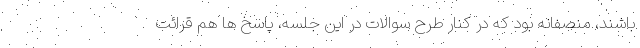
باشند، منصفانه بود که در کنار طرح سوالات در این جلسه، پاسخ ها هم قرائت